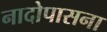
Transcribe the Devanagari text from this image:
नादोपासना